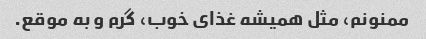
ممنونم، مثل همیشه غذای خوب، گرم و به موقع.